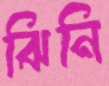
ঝিনি